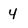
Character: 4